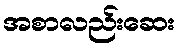
အစာလည်းဆေး